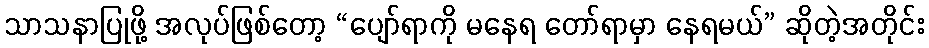
သာသနာပြုဖို့ အလုပ်ဖြစ်တော့ “ပျော်ရာကို မနေရ တော်ရာမှာ နေရမယ်” ဆိုတဲ့အတိုင်း